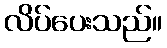
လိပ်ပေးသည်။